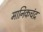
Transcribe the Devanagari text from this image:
मानिकचंद्र